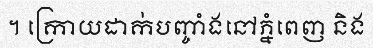
។ ក្រោយដាក់បញ្ចាំងនៅភ្នំពេញ និង